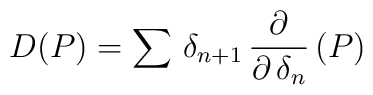
D(P) = \sum \, \delta_{n+1} \, {\partial \over \partial \, \delta_n} \, (P)